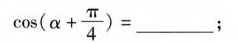
$$\cos ( α + \frac { π } { 4 } ) = ___$$；